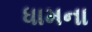
ધામના